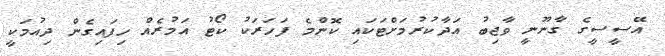
އޭސީސީގެ ގާނޫނީ ވާޖިބު އަދާކުރުމަށްޓަކައި ކޮންމެ ފަހަރަކު ކޯޓު އަމުރެއް ހިފައިގެން ދިއުމަކީ